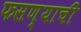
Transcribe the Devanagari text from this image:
फसण्याची